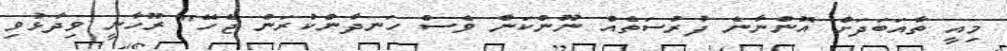
މިއީ ތާއަބަދަށް އޮންނާނެ ފުރުސަތެއް ނޫންކަން ވެސް ހަނދާންކުރަން ޖެހޭ" ރޫހާނީ ވިދާޅުވި